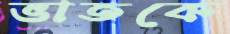
ভাতকে